Vital statistics of India. Vol. VI, European troops 1870-79
Year: 1870
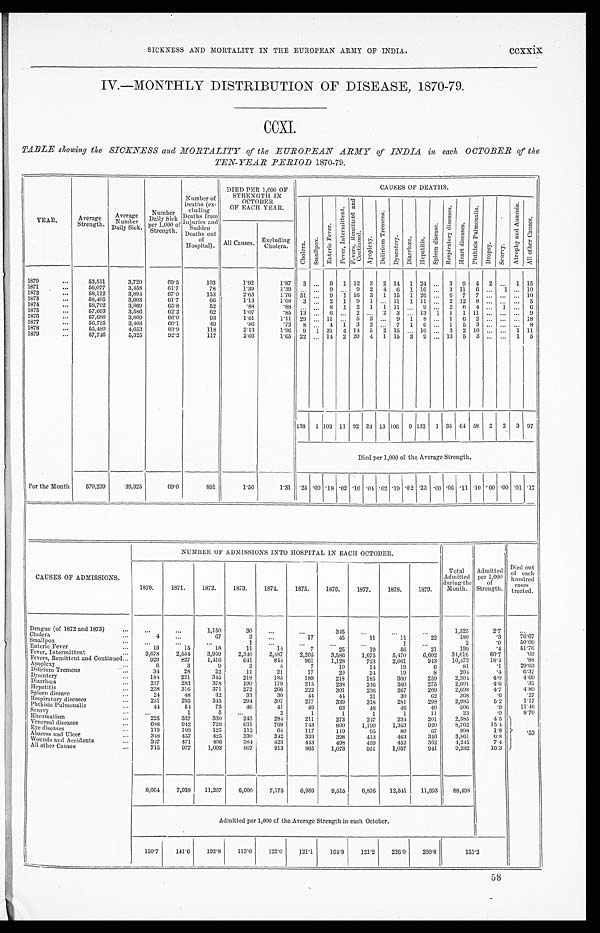
SICKNESS AND MORTALITY IN THE EUROPEAN ARMY OF INDIA.
CCXXiX
IV.-MONTHLY DISTRIBUTION OF DISEASE, 1870-79.
CCXI.
TABLE showing the SICKNESS and MORTALITY of the EUROPEAN ARMY of INDIA in each OCTOBER of the
TEN-YEAR PERIOD 1870-79.
YEAR.
Average
Strength.
Average N u m b e r
Daily Sick.
Number
Daily Sick
per 1,000 of
S t r e n g t h .
Number of
D e a t h s ( e x -
cluding
Deaths from
Injuries and
Sudden Deaths out
of
Hospital).
DIED PER 1,000 OF
STRENGTH IN
O C T O B E R
OF EACH YEAR.
CAUSES OF DEATHS.
.
C h o l e r a .
S m a l l p o x .
E n t e r i c F e v e r .
F e v e r , I n t e r m i t t e n t .
F e v e r , R e m i t t e n t a n d C o n t i n u e s .
A p o p l e x y .
D e l i r i u m T r e m e n s .
D y s e n t r y .
D i a r r h œ a .
H e p a t i t i s .
S p l e e n d i s e a s e .
R e s p i r a t o r y d i s e a s e s .
H e a r t d i s e a s e s .
Pht hi s i s Pul mona l i s .
D r o p s y .
Seur vy.
A t r o p h y a n d A n æ m i a .
Al l ot her Caus es .
All Causes. Excluding
CI 1
Cholera. era.
1870
53,511
3,720
69.5
103
1.92
1.87
3 ...
9
1 12
3
2 14
1 24 ...
3
9
4 2 ...
15
1871
56,077
3,458
61.7
78
1.39
1.39
. . . ...
9 ...
9 2 4
6
1 16 ...
3 11
6 ...
1 ... 10
1872
58,112
3,894
67.0
153
2.63
1.76
5 1
. . . 9
1 16
3
1 15
1 26 ...
6 7
7 ... ... ... 10
1873
58,405
3,603
61.7
66
1.13
1.08
3 ...
2
1
9
1 ... 11
1 11 ...
2 12
8 ... ... ...
5
1874
58,792
3,869
65.8
52
.88
.88
. . .
. . . 8
1
2
1
1 11 ...
9
. . . 2
6
4 ...
1 ...
6
1875
57,693
3,586
62.2
6 2
1.07
. 8 5 13
. . . 6
. . . 2
. . . 2
3 ... 13
1
1
1 11 ... ... ...
9
1876
57,688
3,809
66.0
93
1.61
1.11 29 ... 11 ...
5
3 ...
9
1 8 ...
1
6
2 ... ... ... 18
1877
56,735
3,408
60.1
49
.86
.72 8 ...
4
1
3
2 ...
7
1
6 ...
1
5 3
. . . ...
... 8
1878
55,480
4,653
83.9
118
2 . 1 3
1.96
9
1 31
4 14
5
2 15
. . . 10 ...
3
2 10 ... ...
1 11
1879
57,746
5,325
92.2
117
2.03
1.65 22 ... 14
2 20
4 1 15
3
9 ... 13
5
3 ... ...
1
5
138 1 103 11 92 24 13 106 9 132
1 35 64 58
2
2
3 97
Died per 1,000 of the Average Strength.
For the Month
570,239
39,325
69.0
891
1 . 5 6
1.31 .25 .00 .18 .02.16.04 . 0 2
. 02 .19 .02 .23 • 00 .06 . 11 .10 .00 .00 .01 .17
-
CAUSES OF ADMISSIONS.
NUMBER OF ADMISSIONS INTO HOSPITAL IN EACH OCTOBER.
Total
Admitted
during the
Month.
Admitted
per 1,001
of
Strength.
Died out
of each
hundred
cases
treated.
1870.
1871.
1872.
1873.
1874.
1875.
1876.
1877.
1878.
1879.
Dengue (of 1872 and 1873)
. . .
. . .
1,150
30
. . .
. . .
3.45
. . .
. . .
. . .
1,525
2.7
...
Cholera
4
...
67
3
...
17
45
11
11
22
180
. 3
70.67
Smallpox
. . .
. . .
...
1
. . .
. . .
. . .
. . .
. . .
. . .
2
.0
50.00
Enteric Fever
13
15
18
11
14
7
25
19
56
21
199
.4
51.76
Fever, Intermittent
3,678
2,554
3,959
2,340
2,4.87
2,265
3,586
1,675
5,470
6,602
34,616
60.7
.03
Fevers, Remittent and Continued
929
827
1,416
641
844
961
1,128
723
2,061
943
10,473
1 8 . 4
. 8 8
Apoplexy
6
3
9
3
4
7
10
14
19
6
81
. 1
2 9 . 6 3
Delirium Tremens
34
28
22
11
21
17
20
24
19
8
204
. 4
6.37
Dysentery
184
221
345
218
185
189
218
185
300
259
2,304
4 . 0
4 . 6 0
Diarrhœa
237
283
378
190
1 7 9
215
238
246
360
275
2 , 6 0 1
4.6
. 3 5
Hepatitis
238
316
371
272
266
222
301
236
267
209
2 , 6 9 8
4.7
4 . 8 9
Spleen disease
24
48
32
33
30
44
44
21
30
62
368
.6
. 2 7
Respiratory diseases
231
295
345
294
307
277
339
318
281
298
2,985
5.2
1.17
Phthisis Pulmonalis
44
54
75
46
41
49
63
48
46
40
506
. 9
11.46
Scurvy
. . .
1
5
...
2
1
1
1
1
11
23
.0
8.70
Rheumatism
2 2 5
337
330
243
284
211
273
247
234
201
2,585
4.5
Venereal diseases
688
942
720
6 3 1
769
743
800
1 , 1 9 0
1,353
926
8,762
1 5 . 4
Eye disease
119
1 0 9
125
112
64
117
110
95
80
67
998
1.8
. 5 3
Abscess and Ulcer
348
457
425
330
34`2
339
398
413
463
346
3,861
6.8
wounds and Accidents
347
471
406
384
423
443
498
459
452
362
4,245
7.4
All other Causes
7 1 5
977
1,003
807
913
865
1,073
951
1,037
941
9,282
16.3
8,064
7,938
11,207
6,600
7,175
6 , 9 8 9
9,515
6,876
12,541
11,593
88,498
Admitted per 1,000 of the Average Strength in each October.
150.7
141.6
192.8
113.0
122.0
121.1
164.9
121.2
226.0
200.8
155.2